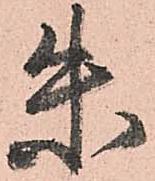
朱